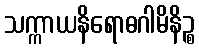
သက္ကာယနိရောဓဂါမိနိဉ္စ